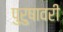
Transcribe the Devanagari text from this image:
पुरुषावरी